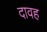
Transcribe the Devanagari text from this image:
दावह